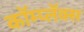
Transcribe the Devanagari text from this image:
कॉम्प्लॅक्स